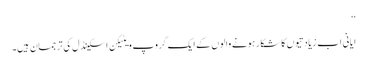
‘‘
ایانی اب زیادتیوں کا شکار ہونے والوں کے ایک گروپ ویٹیکن اسکینڈل کی ترجمان ہیں۔